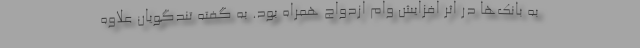
به بانک‌ها در اثر افزایش وام ازدواج همراه بود. به گفته تندگویان علاوه